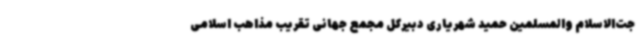
جت‌الاسلام والمسلمین حمید شهریاری دبیرکل مجمع جهانی تقریب مذاهب اسلامی